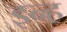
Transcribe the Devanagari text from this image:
इन्ह